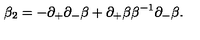
\beta _ { 2 } = - \partial _ { + } \partial _ { - } \beta + \partial _ { + } \beta \beta ^ { - 1 } \partial _ { - } \beta .